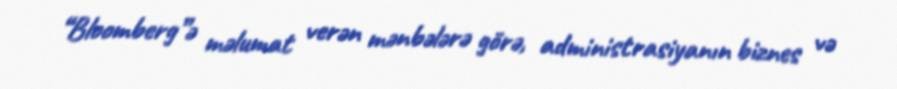
“Bloomberg”ə məlumat verən mənbələrə görə, administrasiyanın biznes və